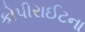
કોપીરાઈટના